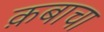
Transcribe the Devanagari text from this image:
क़बाचा